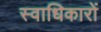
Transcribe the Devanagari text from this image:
स्वाधिकारों